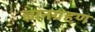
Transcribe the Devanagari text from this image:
ज्ञानग्रहण